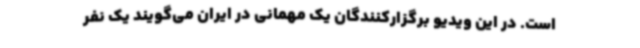
است. در این ویدیو برگزارکنندگان یک مهمانی در ایران می‌گویند یک نفر